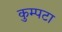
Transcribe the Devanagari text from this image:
कुम्पटा